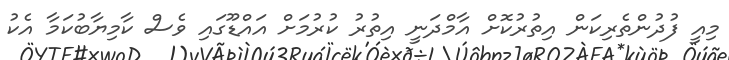
މިއީ ފުދުންތެރިކަން އިތުރުކޮށް އާމްދަނީ އިތުރު ކުރުމަށް އައްޑޫގައި ވެސް ކާމިޔާބުކަމާ އެކު